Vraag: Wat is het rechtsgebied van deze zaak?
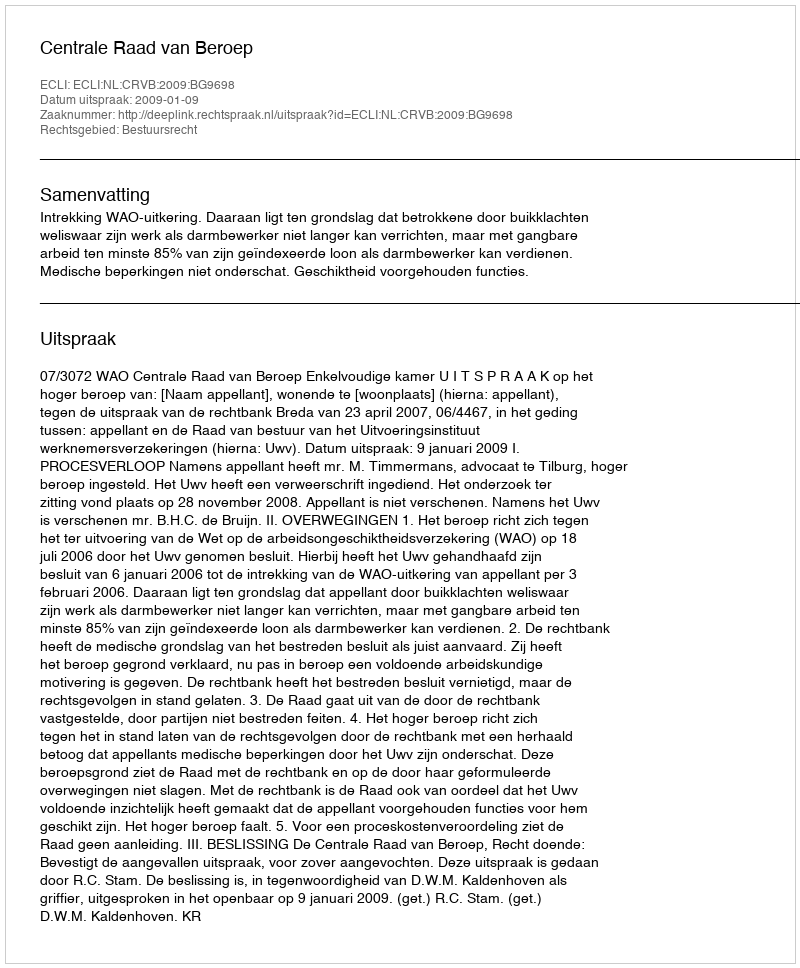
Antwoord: Bestuursrecht